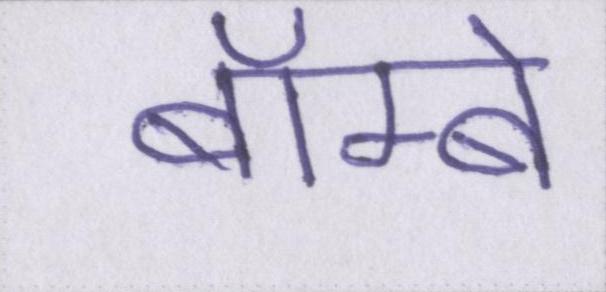
बॅाम्बे